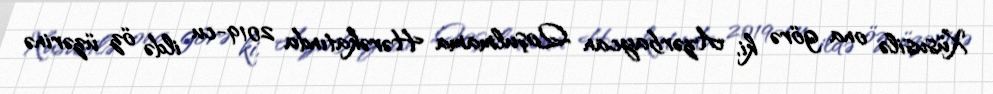
Xüsusilə ona görə ki, Azərbaycan Qoşulmama Hərəkatında 2019-cu ildə öz üzərinə